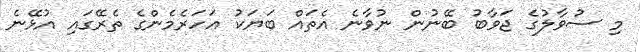
މި ސުވާލުގެ ޖަވާބު ބޭނުން ނުވާނެ އެތައް ބަޔަކު އަހަރެމެންގެ ތެރޭގައި އުޅޭނެ